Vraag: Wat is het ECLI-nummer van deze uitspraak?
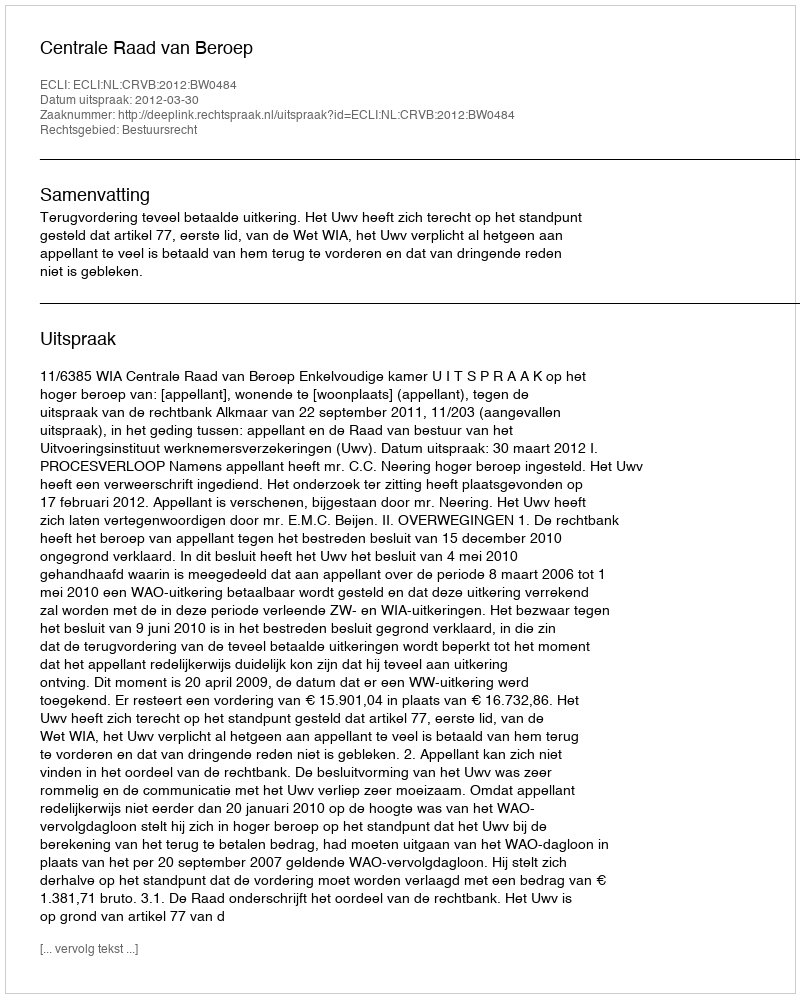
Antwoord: ECLI:NL:CRVB:2012:BW0484